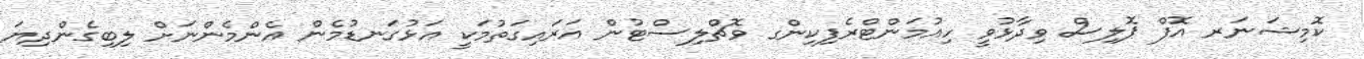
ކޮމިޝަނަރ އޮފް ޕޮލިސް ވިދާޅުވީ ހިއުމަންޓްރެފިކިންގ ވޮޗްލިސްޓުން އަރައިގަތުމަކީ އަޅުގަނޑުމެން އެންމެންނަށް ލިބިގެންދިޔަ